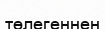
төлегеннен